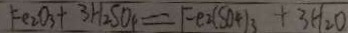
F e _ { 2 } O _ { 3 } + 3 H _ { 2 } S O _ { 4 } = F e _ { 2 } ( S O _ { 4 } ) _ { 3 } + 3 H _ { 2 } O